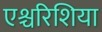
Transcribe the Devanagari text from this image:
एश्चरिशिया